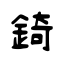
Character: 錡